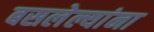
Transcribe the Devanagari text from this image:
बसलेल्यांना